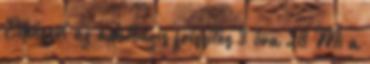
Elkészül az adatbázis frissítés 3 óra 28 Mi a